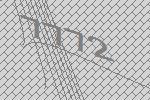
7772